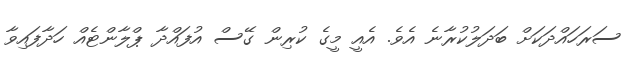
ސަރަހައްދަކަށް ބަދަލުކުރާނެ އެވެ. އެއީ މީގެ ކުރިން ގޭސް އުފައްދާ ޕްލާންޓެއް ހަދާފައިވާ